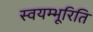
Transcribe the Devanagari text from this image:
स्वयम्भूरिति